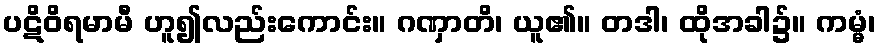
ပဋိဝိရမာမီ ဟူ၍လည်းကောင်း။ ဂဏှာတိ၊ ယူ၏။ တဒါ၊ ထိုအခါ၌။ ကမ္မံ၊